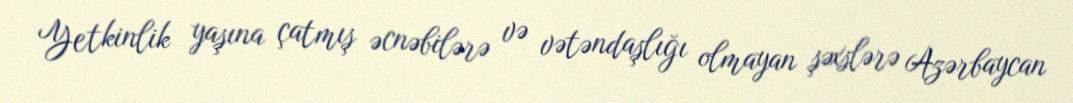
Yetkinlik yaşına çatmış əcnəbilərə və vətəndaşlığı olmayan şəxslərə Azərbaycan